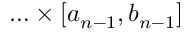
\ldots \times \left[ a _ { n - 1 } , b _ { n - 1 } \right]